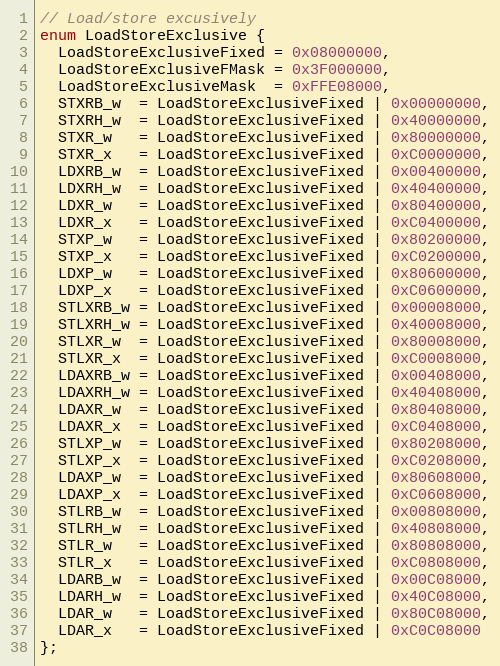
Language: C
// Load/store excusively
enum LoadStoreExclusive {
  LoadStoreExclusiveFixed = 0x08000000,
  LoadStoreExclusiveFMask = 0x3F000000,
  LoadStoreExclusiveMask  = 0xFFE08000,
  STXRB_w  = LoadStoreExclusiveFixed | 0x00000000,
  STXRH_w  = LoadStoreExclusiveFixed | 0x40000000,
  STXR_w   = LoadStoreExclusiveFixed | 0x80000000,
  STXR_x   = LoadStoreExclusiveFixed | 0xC0000000,
  LDXRB_w  = LoadStoreExclusiveFixed | 0x00400000,
  LDXRH_w  = LoadStoreExclusiveFixed | 0x40400000,
  LDXR_w   = LoadStoreExclusiveFixed | 0x80400000,
  LDXR_x   = LoadStoreExclusiveFixed | 0xC0400000,
  STXP_w   = LoadStoreExclusiveFixed | 0x80200000,
  STXP_x   = LoadStoreExclusiveFixed | 0xC0200000,
  LDXP_w   = LoadStoreExclusiveFixed | 0x80600000,
  LDXP_x   = LoadStoreExclusiveFixed | 0xC0600000,
  STLXRB_w = LoadStoreExclusiveFixed | 0x00008000,
  STLXRH_w = LoadStoreExclusiveFixed | 0x40008000,
  STLXR_w  = LoadStoreExclusiveFixed | 0x80008000,
  STLXR_x  = LoadStoreExclusiveFixed | 0xC0008000,
  LDAXRB_w = LoadStoreExclusiveFixed | 0x00408000,
  LDAXRH_w = LoadStoreExclusiveFixed | 0x40408000,
  LDAXR_w  = LoadStoreExclusiveFixed | 0x80408000,
  LDAXR_x  = LoadStoreExclusiveFixed | 0xC0408000,
  STLXP_w  = LoadStoreExclusiveFixed | 0x80208000,
  STLXP_x  = LoadStoreExclusiveFixed | 0xC0208000,
  LDAXP_w  = LoadStoreExclusiveFixed | 0x80608000,
  LDAXP_x  = LoadStoreExclusiveFixed | 0xC0608000,
  STLRB_w  = LoadStoreExclusiveFixed | 0x00808000,
  STLRH_w  = LoadStoreExclusiveFixed | 0x40808000,
  STLR_w   = LoadStoreExclusiveFixed | 0x80808000,
  STLR_x   = LoadStoreExclusiveFixed | 0xC0808000,
  LDARB_w  = LoadStoreExclusiveFixed | 0x00C08000,
  LDARH_w  = LoadStoreExclusiveFixed | 0x40C08000,
  LDAR_w   = LoadStoreExclusiveFixed | 0x80C08000,
  LDAR_x   = LoadStoreExclusiveFixed | 0xC0C08000
};